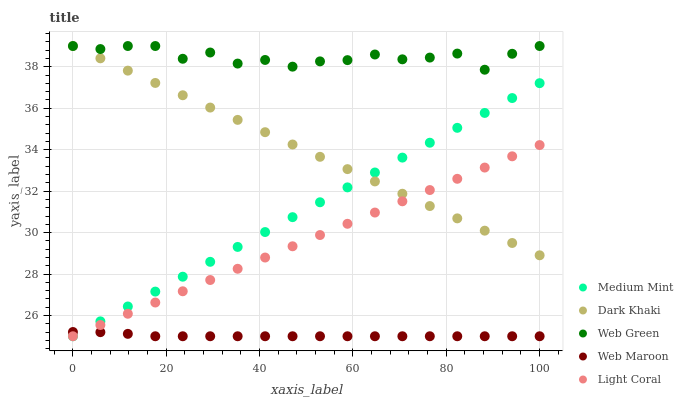
| xaxis_label | Medium Mint | Dark Khaki | Web Green | Web Maroon | Light Coral |
 | --- | --- | --- | --- | --- | --- |
 | 0 | 25 | 39 | 39 | 25.2 | 25 |
 | 5.88 | 25.7 | 38.4 | 38.9 | 25.2 | 25.5 |
 | 11.8 | 26.4 | 37.8 | 39 | 25.1 | 26.1 |
 | 17.6 | 27.2 | 37.2 | 39 | 25 | 26.6 |
 | 23.5 | 27.9 | 36.6 | 38.4 | 25 | 27.2 |
 | 29.4 | 28.6 | 36 | 38.7 | 25 | 27.7 |
 | 35.3 | 29.3 | 35.4 | 38.2 | 25 | 28.3 |
 | 41.2 | 30 | 34.8 | 38.3 | 25 | 28.8 |
 | 47.1 | 30.7 | 34.2 | 38 | 25 | 29.3 |
 | 52.9 | 31.5 | 33.7 | 38.3 | 25 | 29.9 |
 | 58.8 | 32.2 | 33.1 | 38.3 | 25 | 30.4 |
 | 64.7 | 32.9 | 32.5 | 38.6 | 25 | 31 |
 | 70.6 | 33.6 | 31.9 | 38.4 | 25 | 31.5 |
 | 76.5 | 34.3 | 31.3 | 38.4 | 25 | 32.1 |
 | 82.4 | 35.1 | 30.7 | 38.6 | 25 | 32.6 |
 | 88.2 | 35.8 | 30.1 | 37.9 | 25 | 33.1 |
 | 94.1 | 36.5 | 29.5 | 38.6 | 25 | 33.7 |
 | 100 | 37.2 | 28.9 | 39 | 25 | 34.2 |